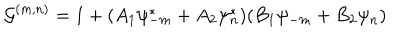
{ \cal G } ^ { ( m , n ) } = 1 + ( A _ { 1 } \psi _ { - m } ^ { \ast } + A _ { 2 } \psi _ { n } ^ { \ast } ) ( B _ { 1 } \psi _ { - m } + B _ { 2 } \psi _ { n } )